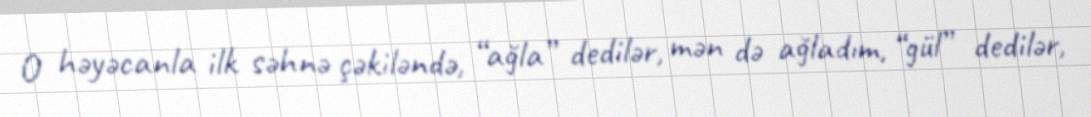
O həyəcanla ilk səhnə çəkiləndə, “ağla” dedilər, mən də ağladım, “gül” dedilər,